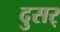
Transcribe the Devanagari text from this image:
दुसर्